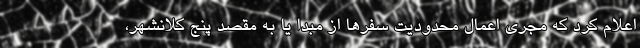
اعلام کرد که مجری اعمال محدودیت سفرها از مبدا یا به مقصد پنج کلانشهر،